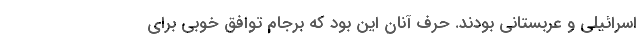
اسرائیلی و عربستانی بودند. حرف آنان این بود که برجام توافق خوبی برای